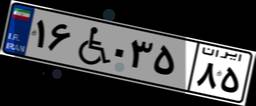
۵۳W۶۸۷۲۲